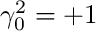
\gamma _ { 0 } ^ { 2 } = { + 1 }